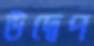
উদ্বেপ